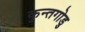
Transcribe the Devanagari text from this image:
कुन्तगोडु